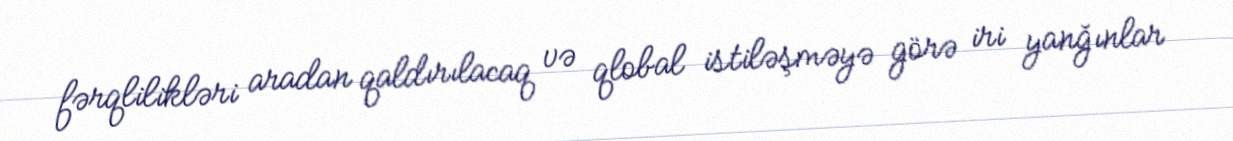
fərqlilikləri aradan qaldırılacaq və qlobal istiləşməyə görə iri yanğınlar